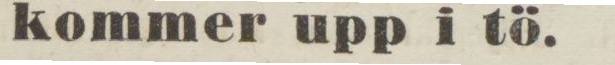
kommer upp i tö